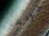
جواهر